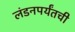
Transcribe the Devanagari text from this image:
लंडनपर्यंतची